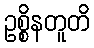
ဥစ္စိနတူတိ